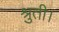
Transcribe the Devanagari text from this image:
श्रुती।